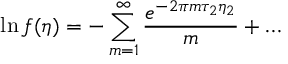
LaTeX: \ln f ( \eta ) = - \sum _ { m = 1 } ^ { \infty } { \frac { e ^ { - 2 \pi m \tau _ { 2 } \eta _ { 2 } } } { m } } + \dots